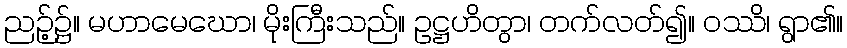
ညဉ့်၌။ မဟာမေဃော၊ မိုးကြီးသည်။ ဥဋ္ဌဟိတွာ၊ တက်လတ်၍။ ဝဿိ၊ ရွာ၏။